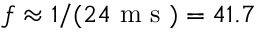
f \approx 1 / ( 2 4 \mathrm { ~ m ~ s ~ } ) = 4 1 . 7